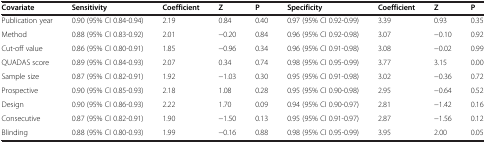
<table><thead><tr><td><b>Covariate</b></td><td><b>Sensitivity</b></td><td><b>Coefficient</b></td><td><b>Z</b></td><td><b>P</b></td><td><b>Specificity</b></td><td><b>Coefficient</b></td><td><b>Z</b></td><td><b>P</b></td></tr></thead><tbody><tr><td>Publication year</td><td>0.90 (95% CI 0.84-0.94)</td><td>2.19</td><td>0.84</td><td>0.40</td><td>0.97 (95% CI 0.92-0.99)</td><td>3.39</td><td>0.93</td><td>0.35</td></tr><tr><td>Method</td><td>0.88 (95% CI 0.83-0.92)</td><td>2.01</td><td>−0.20</td><td>0.84</td><td>0.96 (95% CI 0.92-0.98)</td><td>3.07</td><td>−0.10</td><td>0.92</td></tr><tr><td>Cut-off value</td><td>0.86 (95% CI 0.80-0.91)</td><td>1.85</td><td>−0.96</td><td>0.34</td><td>0.96 (95% CI 0.91-0.98)</td><td>3.08</td><td>−0.02</td><td>0.99</td></tr><tr><td>QUADAS score</td><td>0.89 (95% CI 0.84-0.93)</td><td>2.07</td><td>0.34</td><td>0.74</td><td>0.98 (95% CI 0.95-0.99)</td><td>3.77</td><td>3.15</td><td>0.00</td></tr><tr><td>Sample size</td><td>0.87 (95% CI 0.82-0.91)</td><td>1.92</td><td>−1.03</td><td>0.30</td><td>0.95 (95% CI 0.91-0.98)</td><td>3.02</td><td>−0.36</td><td>0.72</td></tr><tr><td>Prospective</td><td>0.90 (95% CI 0.85-0.93)</td><td>2.18</td><td>1.08</td><td>0.28</td><td>0.95 (95% CI 0.90-0.98)</td><td>2.95</td><td>−0.64</td><td>0.52</td></tr><tr><td>Design</td><td>0.90 (95% CI 0.86-0.93)</td><td>2.22</td><td>1.70</td><td>0.09</td><td>0.94 (95% CI 0.90-0.97)</td><td>2.81</td><td>−1.42</td><td>0.16</td></tr><tr><td>Consecutive</td><td>0.87 (95% CI 0.82-0.91)</td><td>1.90</td><td>−1.50</td><td>0.13</td><td>0.95 (95% CI 0.91-0.97)</td><td>2.87</td><td>−1.56</td><td>0.12</td></tr><tr><td>Blinding</td><td>0.88 (95% CI 0.80-0.93)</td><td>1.99</td><td>−0.16</td><td>0.88</td><td>0.98 (95% CI 0.95-0.99)</td><td>3.95</td><td>2.00</td><td>0.05</td></tr></tbody></table>